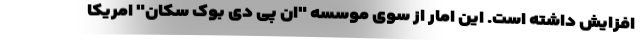
افزایش داشته است. این امار از سوی موسسه "ان پی دی بوک سکان" امریکا